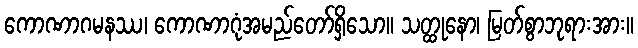
ကောဏာဂမနဿ၊ ကောဏာဂုံအမည်တော်ရှိသော။ သတ္ထုနော၊ မြတ်စွာဘုရားအား။